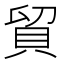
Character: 貿